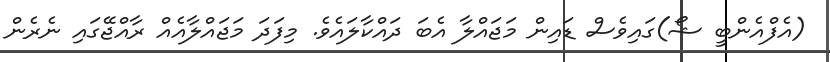
(އެފްއެންބީ ޝޯ)ގައިވެސް ޑައިން މަޖައްލާ އެބަ ދައްކާލައެވެ. މިފަދަ މަޖައްލާއެއް ރާއްޖޭގައި ނެރެން